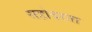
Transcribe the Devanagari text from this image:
सहोदरता